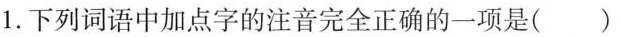
1. 下列词语中加点字的注音完全正确的一项是()